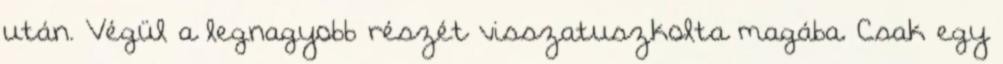
után. Végül a legnagyobb részét visszatuszkolta magába. Csak egy